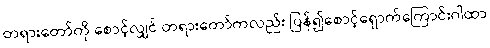
တရားတော်ကို စောင့်လျှင် တရားတော်ကလည်း ပြန်၍စောင့်ရှောက်ကြောင်းဂါထာ